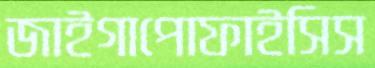
জাইগাপোফাইসিস